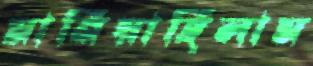
মানিয়াছিলাম